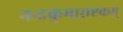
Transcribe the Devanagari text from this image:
नन्दकुमाराष्टकम्